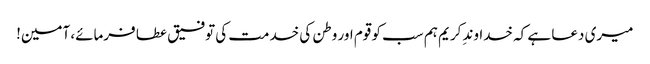
میری دعا ہے کہ خداوندِ کریم ہم سب کو قوم اور وطن کی خدمت کی توفیق عطا فرمائے، آمین!